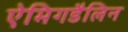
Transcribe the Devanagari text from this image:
ऐमिगडैलिन